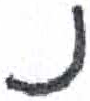
אות: נ